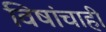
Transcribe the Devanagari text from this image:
विषांचाही